Naisuhingud, lk 72
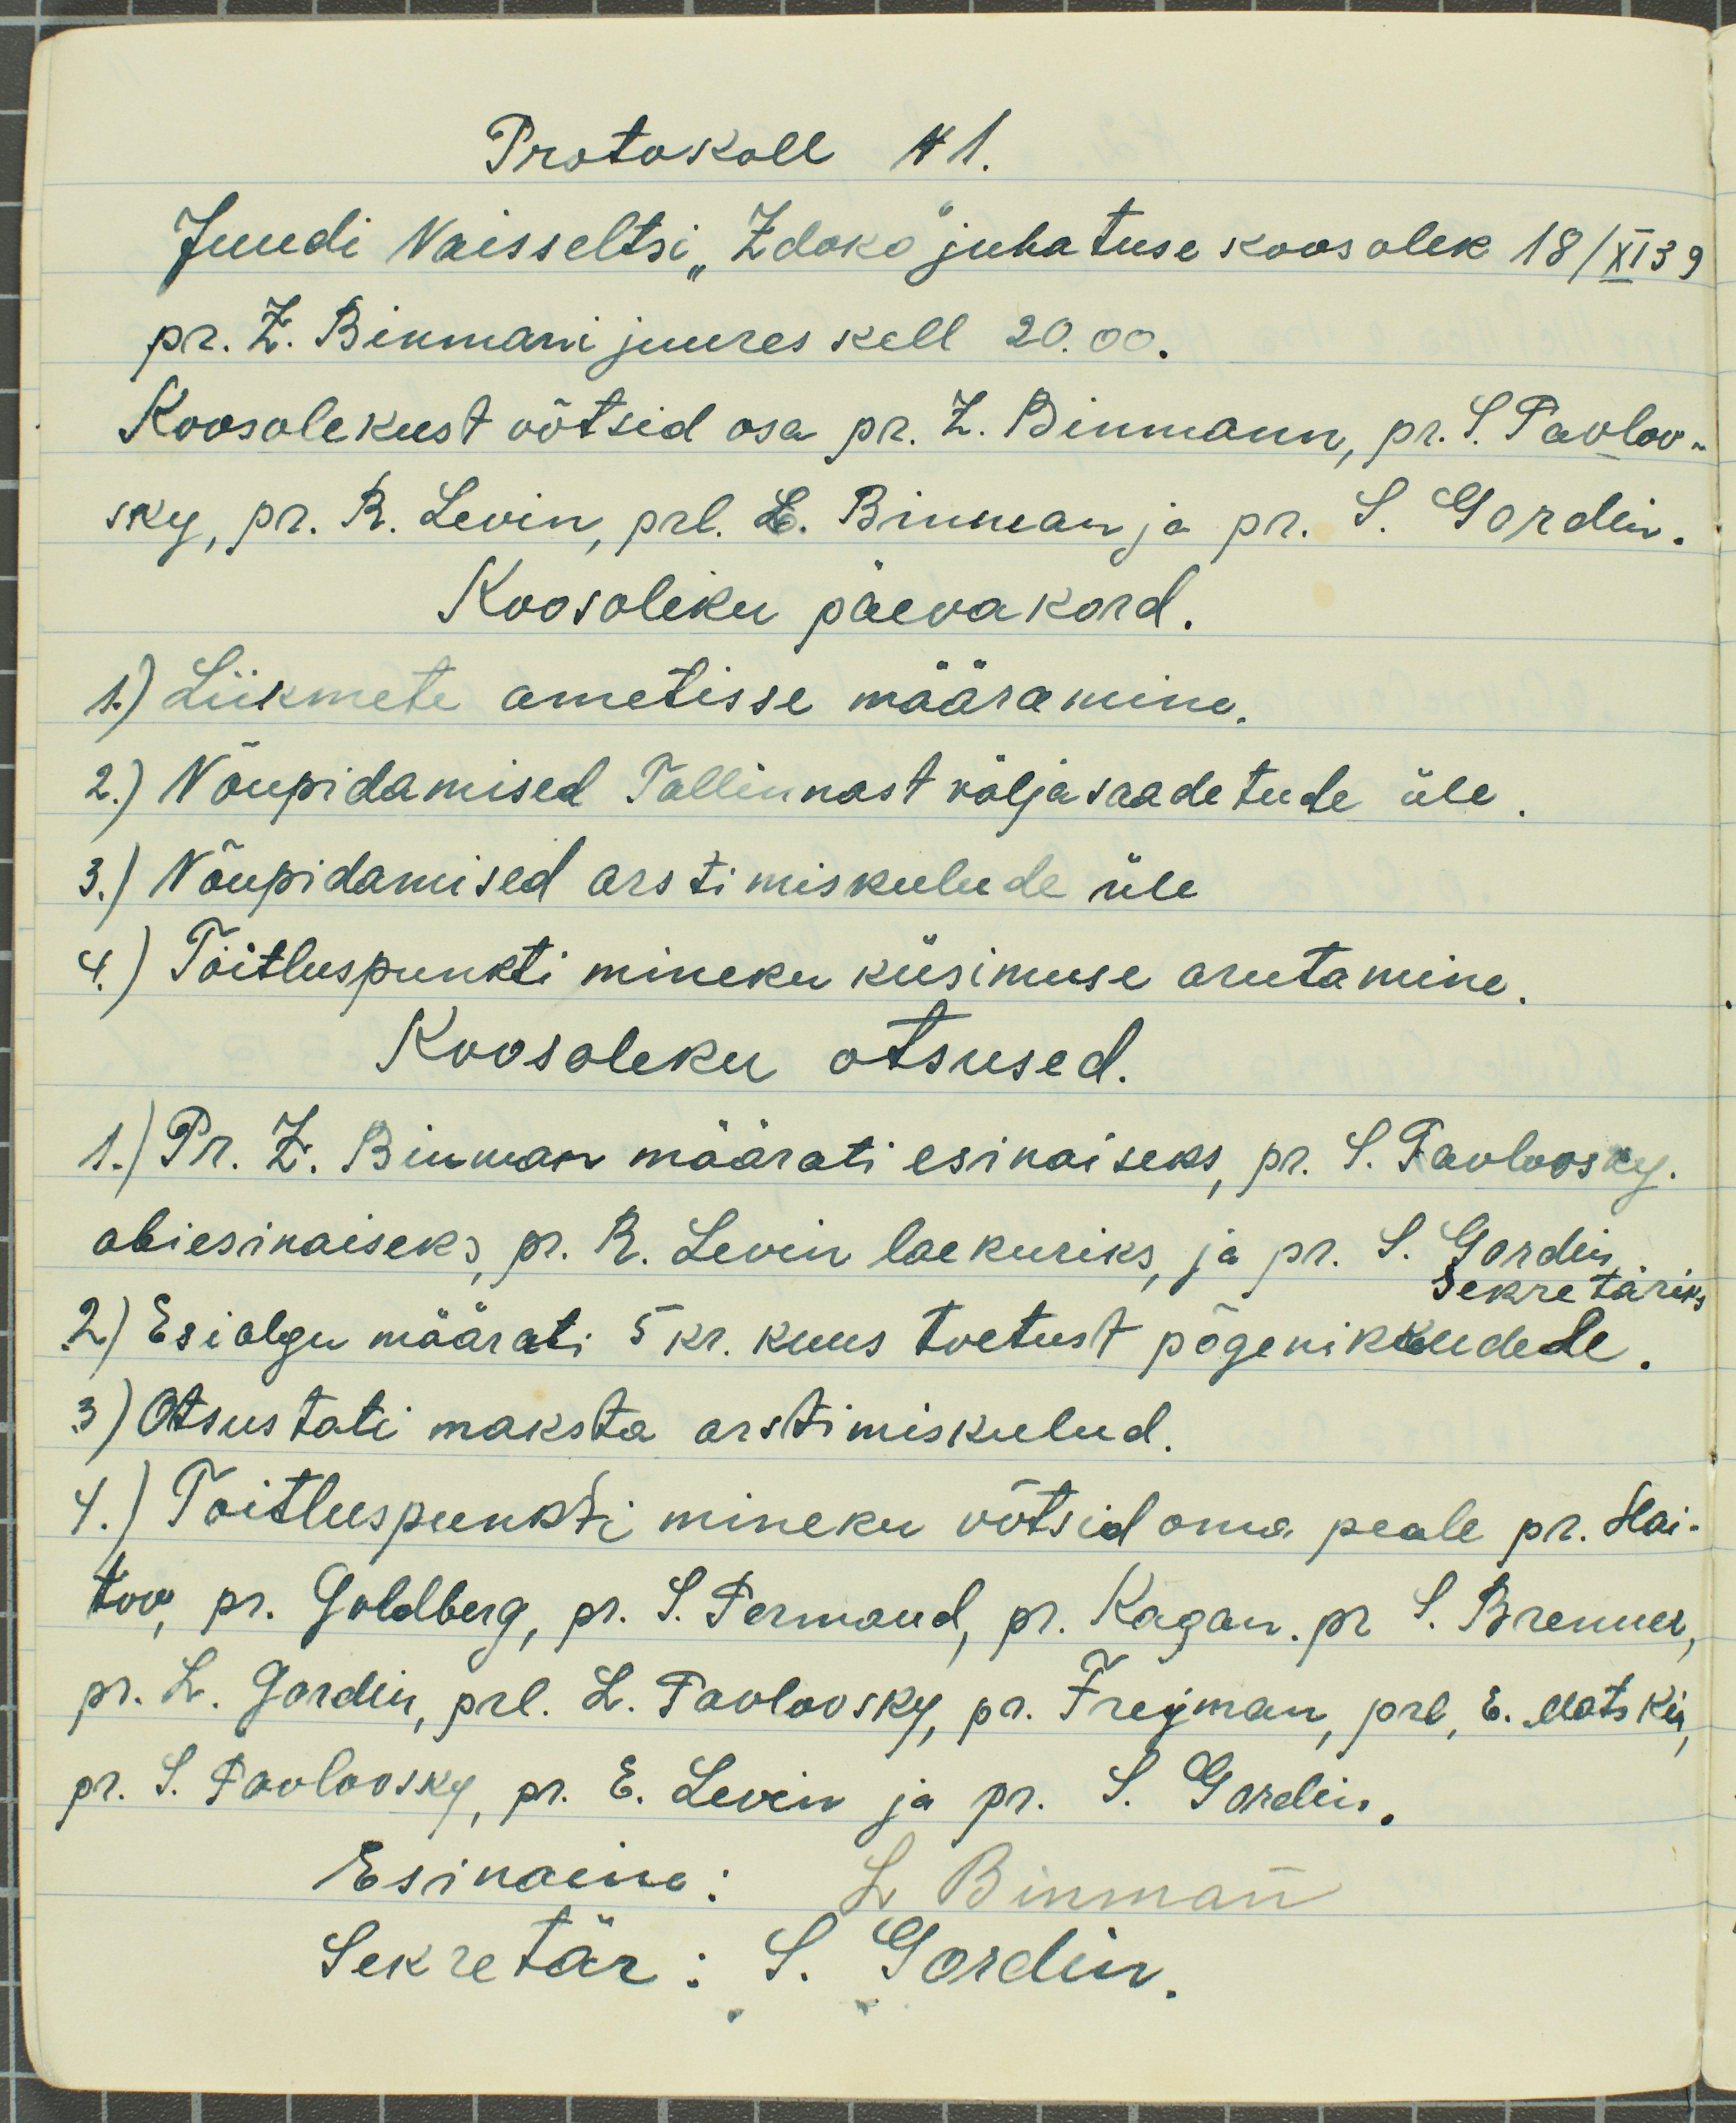
Protokoll N1.
Juudi Naisseltsi "Zdoko" juhatuse koosolek 18/XI 39
pr. Z. Binmani juures kell 20.00.
Koosolekust võtsid osa pr. Z. Binmann, pr. S. Pavlov-
sky, pr. R. Levin, prl. L. Binman ja pr. S. Gordin.
Koosoleku päevakord.
1) Liikmete ametisse määramine.
2.) Nõupidamised Tallinnast väljasaadetude üle.
3.) Nõupidamised arstimiskeelude üle
4) Toitluspunkti mineku küsimuse arutamine.
Koosoleku otsused.
1.) Pr. Z. Binman määrati esinaiseks, pr. S. Pavlovsky.
abiesinaiseks, pr. R. Levin laekuriks, ja pr. S. Gordin
sekretäriks.
2) Esialgu määrati 5 kr. kuus toetust põgenikkudede
3) Otsustati maksta arstimiskulud.
4.) Toitluspunkti mineku võtsid oma peale pr. Hai-
tov pr. Goldberg, pr. S. Permaud, pr. Kagan. pr. S. Brenner,
pr. L. Gordin prl. L. Pavlovsky, pr. Freyman, prl. E. Alatsky,
pr. S. Pavlovsky, pr. E. Levin ja pr. L. Gordin,
Esinaine: L. Binman
Sekretär: S. Gordin.